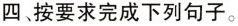
四、按要求完成下列句子.